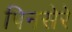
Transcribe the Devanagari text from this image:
पिनसेरे